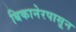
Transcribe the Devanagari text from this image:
बिकानेरपासून